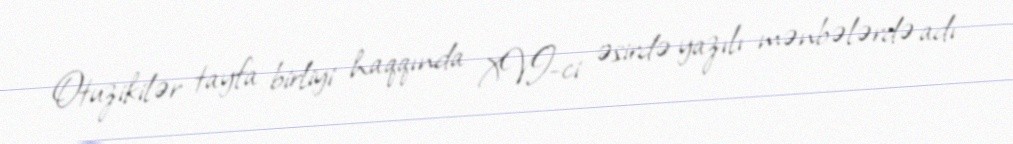
Otuzikilər tayfa birliyi haqqında XVI-ci əsirdə yazılı mənbələrdə adı